Medical and sanitary report of the native army of Bengal for the year
Year: 1874
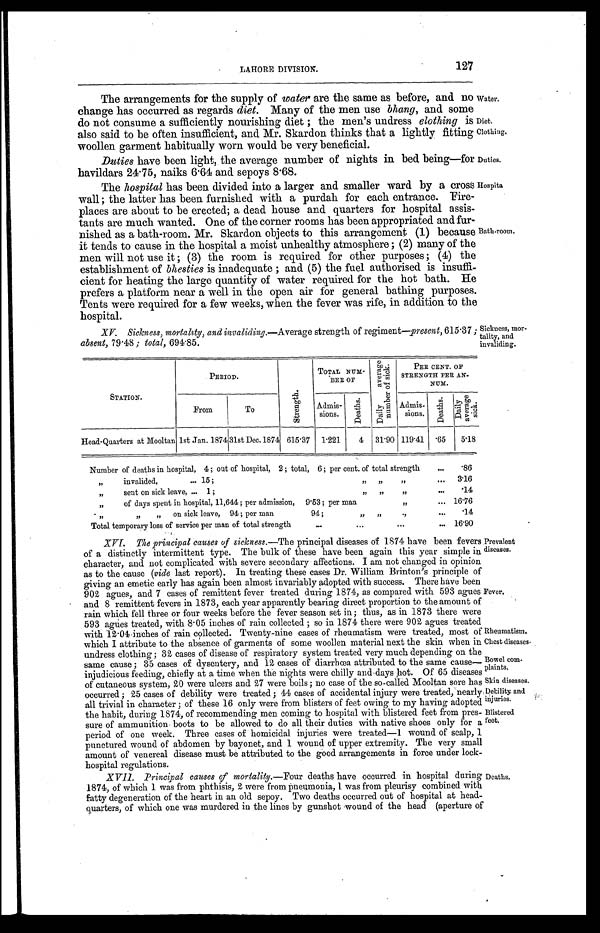
Water.
Diet.
Clothing.
Duties.
Rheumatism.
Chest diseases.
Bowel com
-
plaints.
LAHORE DIVISION.
127
The arrangements for the supply of water are the same as before, and no
change has occurred as regards diet. Many of the men use bhang, and some
do not consume a sufficiently nourishing diet ; the men's undress elothing is
also said to be often insufficient, and Mr. Skardon thinks that a lightly fitting
woollen garment habitually worn would be very beneficial.
Duties have been light, the average number of nights in bed being—for
havildars 24.75, naiks 6.64 and sepoys 8.68.
The hospital has been divided into a larger and smaller ward by a cross
wall ; the latter has been furnished with a purdah for each entrance. Fire
-
places are about to be erected; a dead house and quarters for hospital assis
-
tants are much wanted. One of the corner rooms has been appropriated and fur
-
nished as a bath-room. Mr. Skardon objects to this arrangement (1) because
it tends to cause in the hospital a moist unhealthy atmosphere ; (2) many of the
men will not use it ; (3) the room is required for other purposes ; (4) the
establishment of bhesties is inadequate ; and (5) the fuel authorised is insuffi
-
cient for heating the large quantity of water required for the hot bath. He
prefers a platform near a well in the open air for general bathing purposes.
Tents were required for a few weeks, when the fever was rife, in addition to the
hospital.
XV. Sickness, mortality, and invaliding.— Average strength of regiment— present, 615.37;
absent, 79.48; total, 694.85.
Hospita
Bath-room.
Sickness, mor
-
tality, and
invaliding.
STATION.
PERIOD.
S t r e n g t h .
TOTAL NUM -
BER OF
D a i l y a v e r a g e n u m b e r o f s i c k .
PER CENT OF
STRENGTH PER AN -
NUM.
From
To
Admis-
sions.
D e a t h s .
Admis-
sions.
D e a t h s .
Dai l y aver age si ck.
Head-Quarters at Mooltan 1st Jan. 1874 31st Dec. 1874 615.37
1.221
4
31.90 119.41 .65
5.18
Number of deaths in hospital, 4 ; out of hospital, 2; total, 6 ; per cent of total strength . . .
.86
" invalided, . . . 15 ;
" " " . . .
3.16
" sent on sick leave, . . . 1; " " " . . .
.14
" of days spent in hospital, 11,644 ; per admission, 9.53 ; per man " . . .
16.76
" " " on sick leave, 94 ; per man 94 ; " " " . . .
.14
Total temporary loss of service per man of total strength . . . 16.90
XVI. The principal causes of sickness.— The principal diseases of 1874 have been fever
of a distinctly intermittent type. The bulk of these have been again this year simple in
character, and not complicated with severe secondary affections. I am not changed in opinion
as to the cause (vide last report). In treating these cases Dr. William Brinton's principle of
giving an emetic early has again been almost invariably adopted with success. There have been
902 agues, and 7 cases ot remittent fever treated during 1874, as compared with 593 agues
and 8 remittent fevers in 1873, each year apparently bearing direct proportion to the amount of
rain which fell three or four weeks before the fever season set in; thus, as in 1873 there were
593 agues treated, with 8.05 inches of rain collected ; so in 1874 there were 902 agues treated
Prevalent
diseases.
Fever.
with 12.04 inches of rain collected. Twenty-nine cases of rheumatism were treated, most of
which I attribute to the absence of garments of some woollen material next the skin when in
undress clothing; 32 cases of disease of respiratory system treated very much depending on the
same cause; 35 cases of dysentery, and 12 cases of diarrhœa attributed to the same cause
—
injudicious feeding, chiefly at a time when the nights were chilly and days hot. Of 65 diseases
Skin diseases.
Debility and
injuries.
Blistered feet.
of cutaneous system, 20 were ulcers anu 27 were boils ; no case of the so-called Mooltan sore has
occurred; 25 cases of debility were treated ; 44 cases of accidental injury were treated, nearly
all trivial in character ; of these 16 only were from blisters of feet owing to my having adopted
the habit, during 1874, of recommending men coming to hospital with blistered feet from pres
-
sure of ammunition boots to be allowed to do all their duties with native shoes only for a
period of one week. Three cases of homicidal injuries were treated—1 wound of scalp, 1
punctured wound of abdomen by bayonet, and 1 wound of upper extremity. The very small
amount of venereal disease must be attributed to the good arrangements in force under lock
-
hospital regulations.
XVII. Principal causes of mortality.— Four deaths have occurred in hospital during
1874, of which 1 was from phthisis, 2 were from pneumonia, 1 was from pleurisy combined with
fatty degeneration of the heart in an old sepoy. Two deaths occurred out of hospital at head
-
quarters, of which one was murdered in the lines by gunshot wound of the head (aperture of
Deaths.